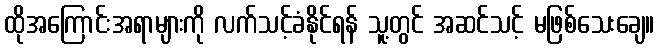
ထိုအကြောင်းအရာများကို လက်သင့်ခံနိုင်ရန် သူ့တွင် အဆင်သင့် မဖြစ်သေးချေ။